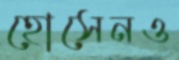
হোসেনও